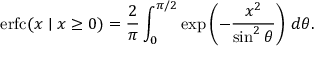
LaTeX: \operatorname { e r f c } ( x \mid x \geq 0 ) = { \frac { 2 } { \pi } } \int _ { 0 } ^ { \pi / 2 } \exp \left( - { \frac { x ^ { 2 } } { \sin ^ { 2 } \theta } } \right) \, d \theta .